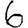
Digit: 6